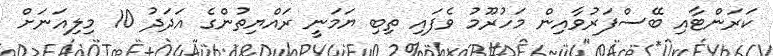
ކަރަންޓާއި ބޭސްފަރުވާއިން މަހުރޫމު ވެފައި ތިބި ޔަމަނީ ރައްޔިތުންގެ އަދަދު 10 މިލިއަނަށް